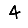
Digit: 4